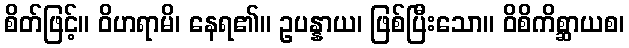
စိတ်ဖြင့်။ ဝိဟရာမိ၊ နေရ၏။ ဥပန္နာယ၊ ဖြစ်ပြီးသော။ ဝိစိကိစ္ဆာယစ၊